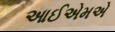
આઈએમએ